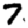
Digit: 7